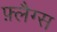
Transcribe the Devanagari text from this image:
फ़्लैग्स